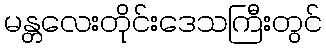
မန္တလေးတိုင်းဒေသကြီးတွင်